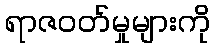
ရာဇဝတ်မှုများကို